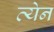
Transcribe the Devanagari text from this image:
त्येन